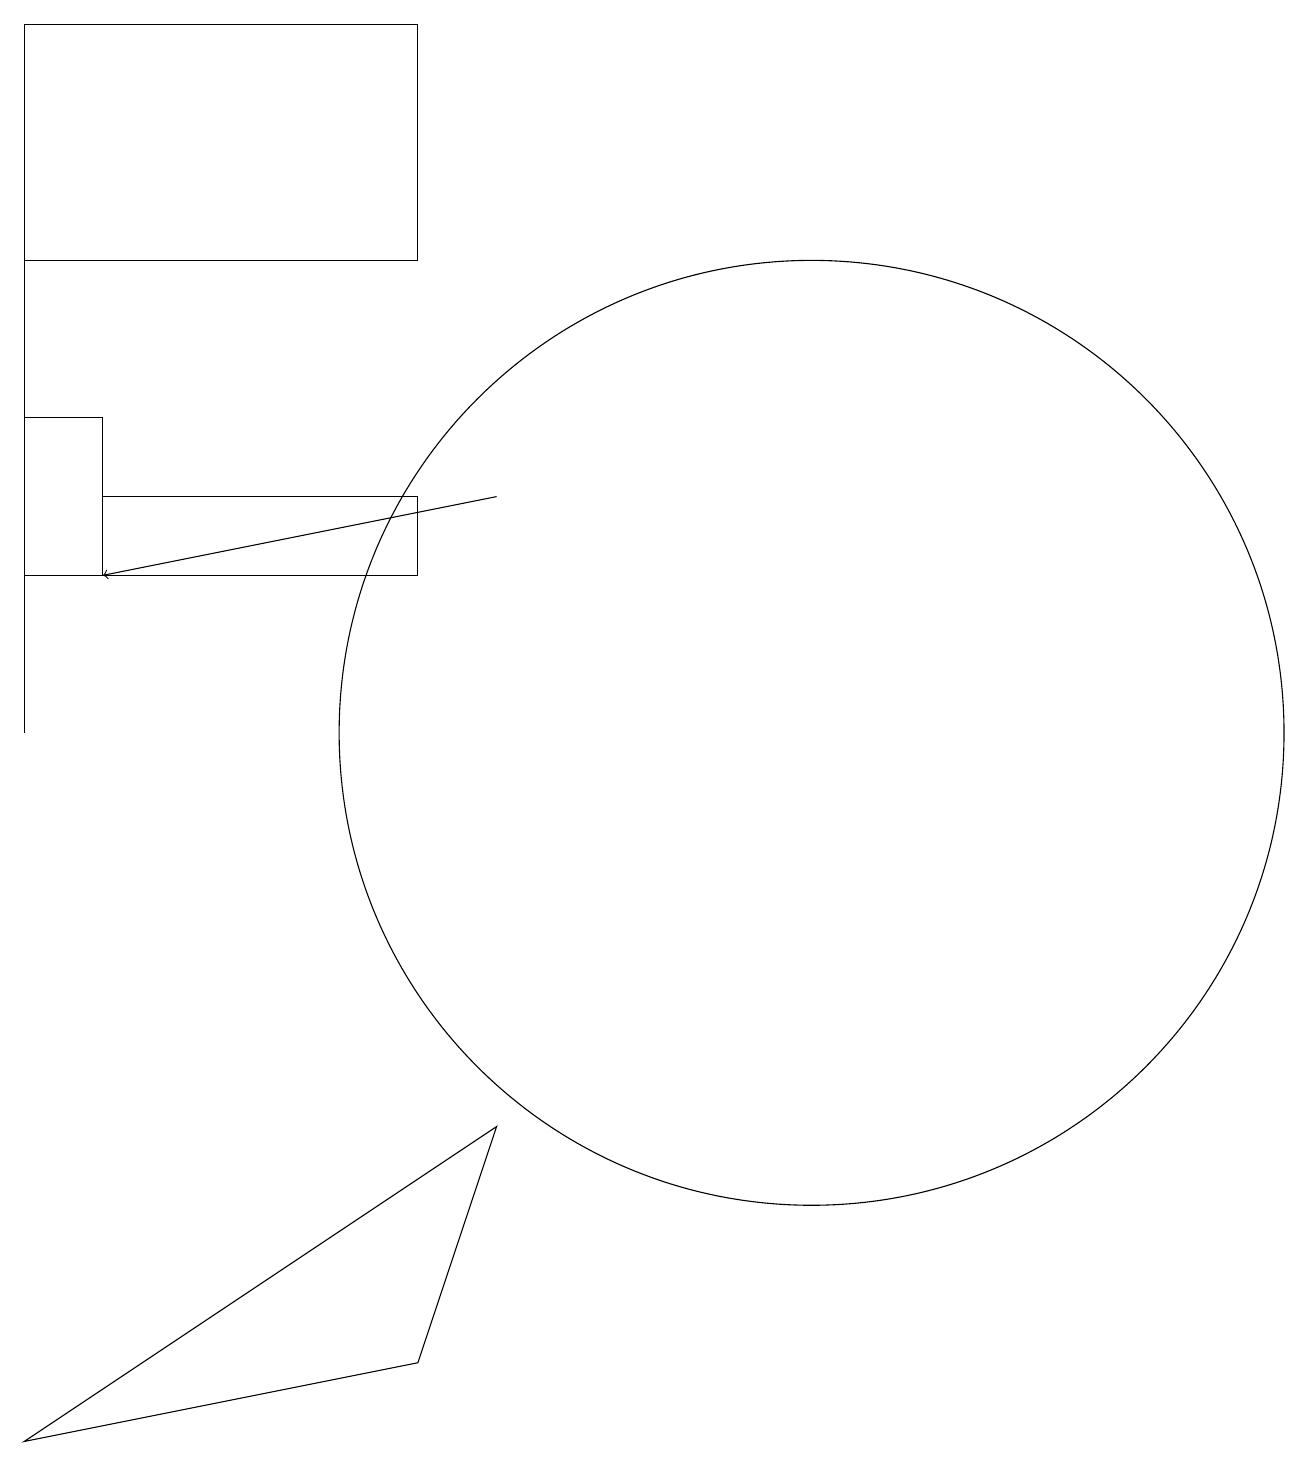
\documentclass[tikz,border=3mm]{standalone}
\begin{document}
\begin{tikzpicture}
\draw (0,1) -- (6,5) -- (5,2) -- cycle;
\draw (0,16) rectangle (0,10);
\draw (0,12) rectangle (1,14);
\draw[->] (6,13) -- (1,12);
\draw (5,12) rectangle (1,13);
\draw (10,10) circle (6);
\draw (0,16) rectangle (5,19);
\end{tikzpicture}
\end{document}